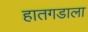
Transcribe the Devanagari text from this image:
हातगडाला